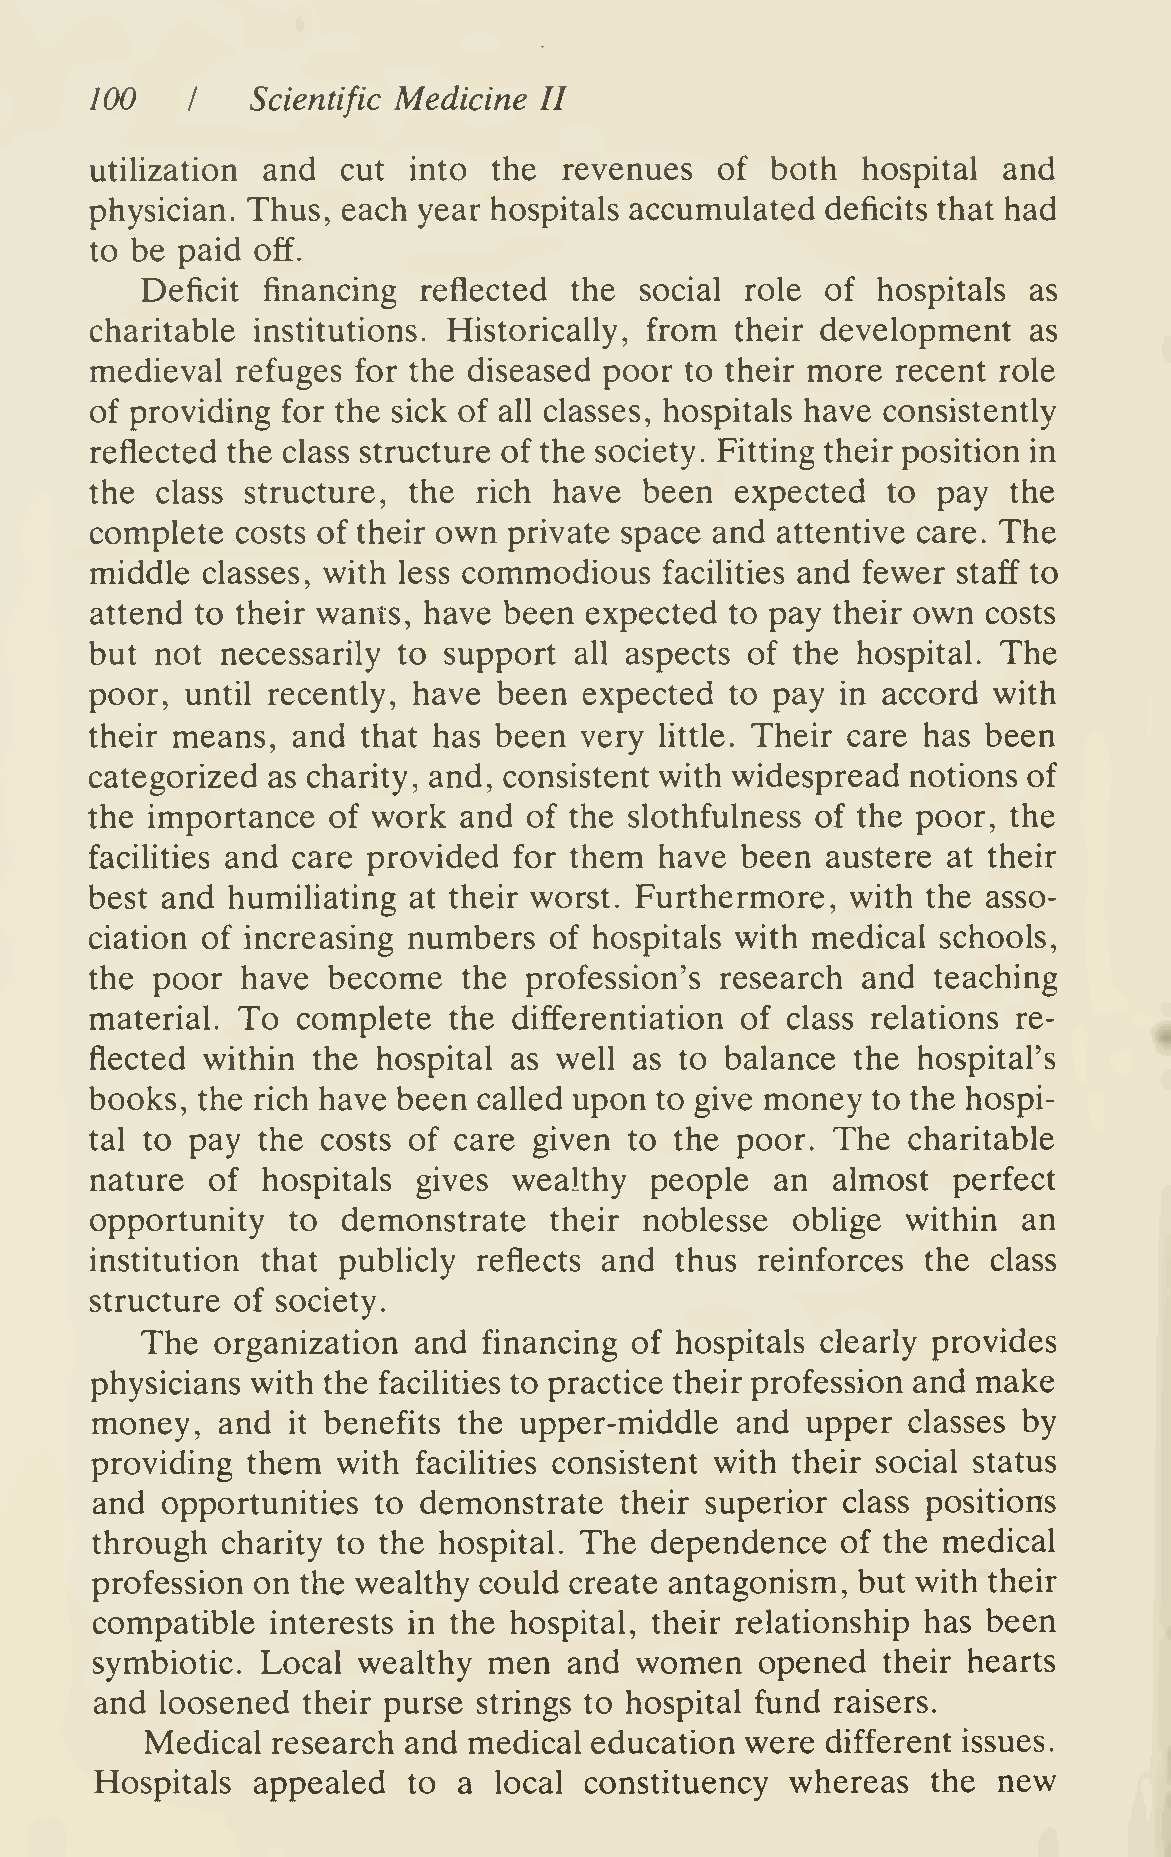
100   I    Scientific Medicine II
 utilization and  cut into  the revenues   of both  hospital and
 physician. Thus, each year hospitals accumulated deficits that had
 to be paid off.
 Deficit financing  reflected the social role  of hospitals as
 charitable institutions. Historically, from their development as
 medieval  refuges for the diseased poor to their more recent role
 of providing for the sick of all classes, hospitals have consistently
 reflected the class structure of the society. Fitting their position in
 the class structure, the  rich have  been  expected  to pay  the
 complete  costs of their own private space and attentive care. The
 middle classes, with less commodious  faciHties and fewer staff to
 attend to their wants, have been expected to pay their own costs
 but not  necessarily to support all aspects of the hospital. The
 poor, until recently, have been  expected to pay  in accord with
 their means, and  that has been very  little. Their care has been
 categorized as charity, and, consistent with widespread notions of
 the importance  of work and  of the slothfulness of the poor, the
 facilities and care provided for them have been  austere at their
 best and humihating  at their worst. Furthermore, with the asso-
 ciation of increasing numbers of hospitals with medical schools,
 the poor  have  become   the profession's research and  teaching
 material. To  complete  the differentiation of class relations re-
 flected within the hospital as well as to balance  the hospital's
 books, the rich have been called upon to give money to the hospi-
 tal to pay the costs of care given  to the poor. The  charitable
 nature  of hospitals  gives wealthy  people  an  almost  perfect
 opportunity  to  demonstrate  their  noblesse oblige  within  an
 institution that publicly reflects and thus reinforces the  class
 structure of society.
 The  organization and  financing of hospitals clearly provides
 physicians with the facilities to practice their profession and make
 money,  and    benefits the upper-middle   and upper  classes by
 it
 providing them  with facilities consistent with their social status
 and  opportunities to demonstrate  their superior class positions
 through  charity to the hospital. The dependence  of the medical
 profession on the wealthy could create antagonism, but with their
 compatible  interests in the hospital, their relationship has been
 symbiotic. Local  wealthy men   and women   opened  their hearts
 and  loosened their purse strings to hospital fund raisers.
 Medical research and medical education were  different issues.
 Hospitals  appealed  to a  local constituency whereas   the new